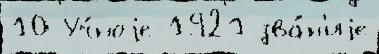
10 Уч́ноjе 1921 зва́н'иjе